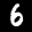
Label: 6